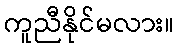
ကူညီနိုင်မလား။